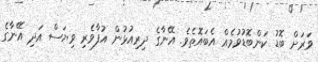
ވަރަށް ބޮޑު ކަންބޮޑުވުމެއް އެބައޮތެވެ. އޭނާގެ ދިރިއުޅުން އުފާވެރި ވިޔަސް އަދި އޭނާގެ